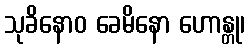
သုခိနောဝ ခေမိနော ဟောန္တု၊